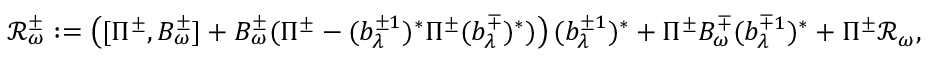
\mathscr R _ { \omega } ^ { \pm } : = \left( [ \Pi ^ { \pm } , B _ { \omega } ^ { \pm } ] + B _ { \omega } ^ { \pm } ( \Pi ^ { \pm } - ( b _ { \lambda } ^ { \pm 1 } ) ^ { * } \Pi ^ { \pm } ( b _ { \lambda } ^ { \mp } ) ^ { * } ) \right) ( b _ { \lambda } ^ { \pm 1 } ) ^ { * } + \Pi ^ { \pm } B _ { \omega } ^ { \mp } ( b _ { \lambda } ^ { \mp 1 } ) ^ { * } + \Pi ^ { \pm } \mathscr R _ { \omega } ,